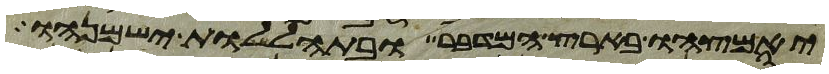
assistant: יאמצהו בארץ המדבר ובתהללות ישמנהו